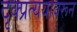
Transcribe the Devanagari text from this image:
दृक्प्रत्ययावरून